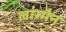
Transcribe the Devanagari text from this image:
लांग्मैन